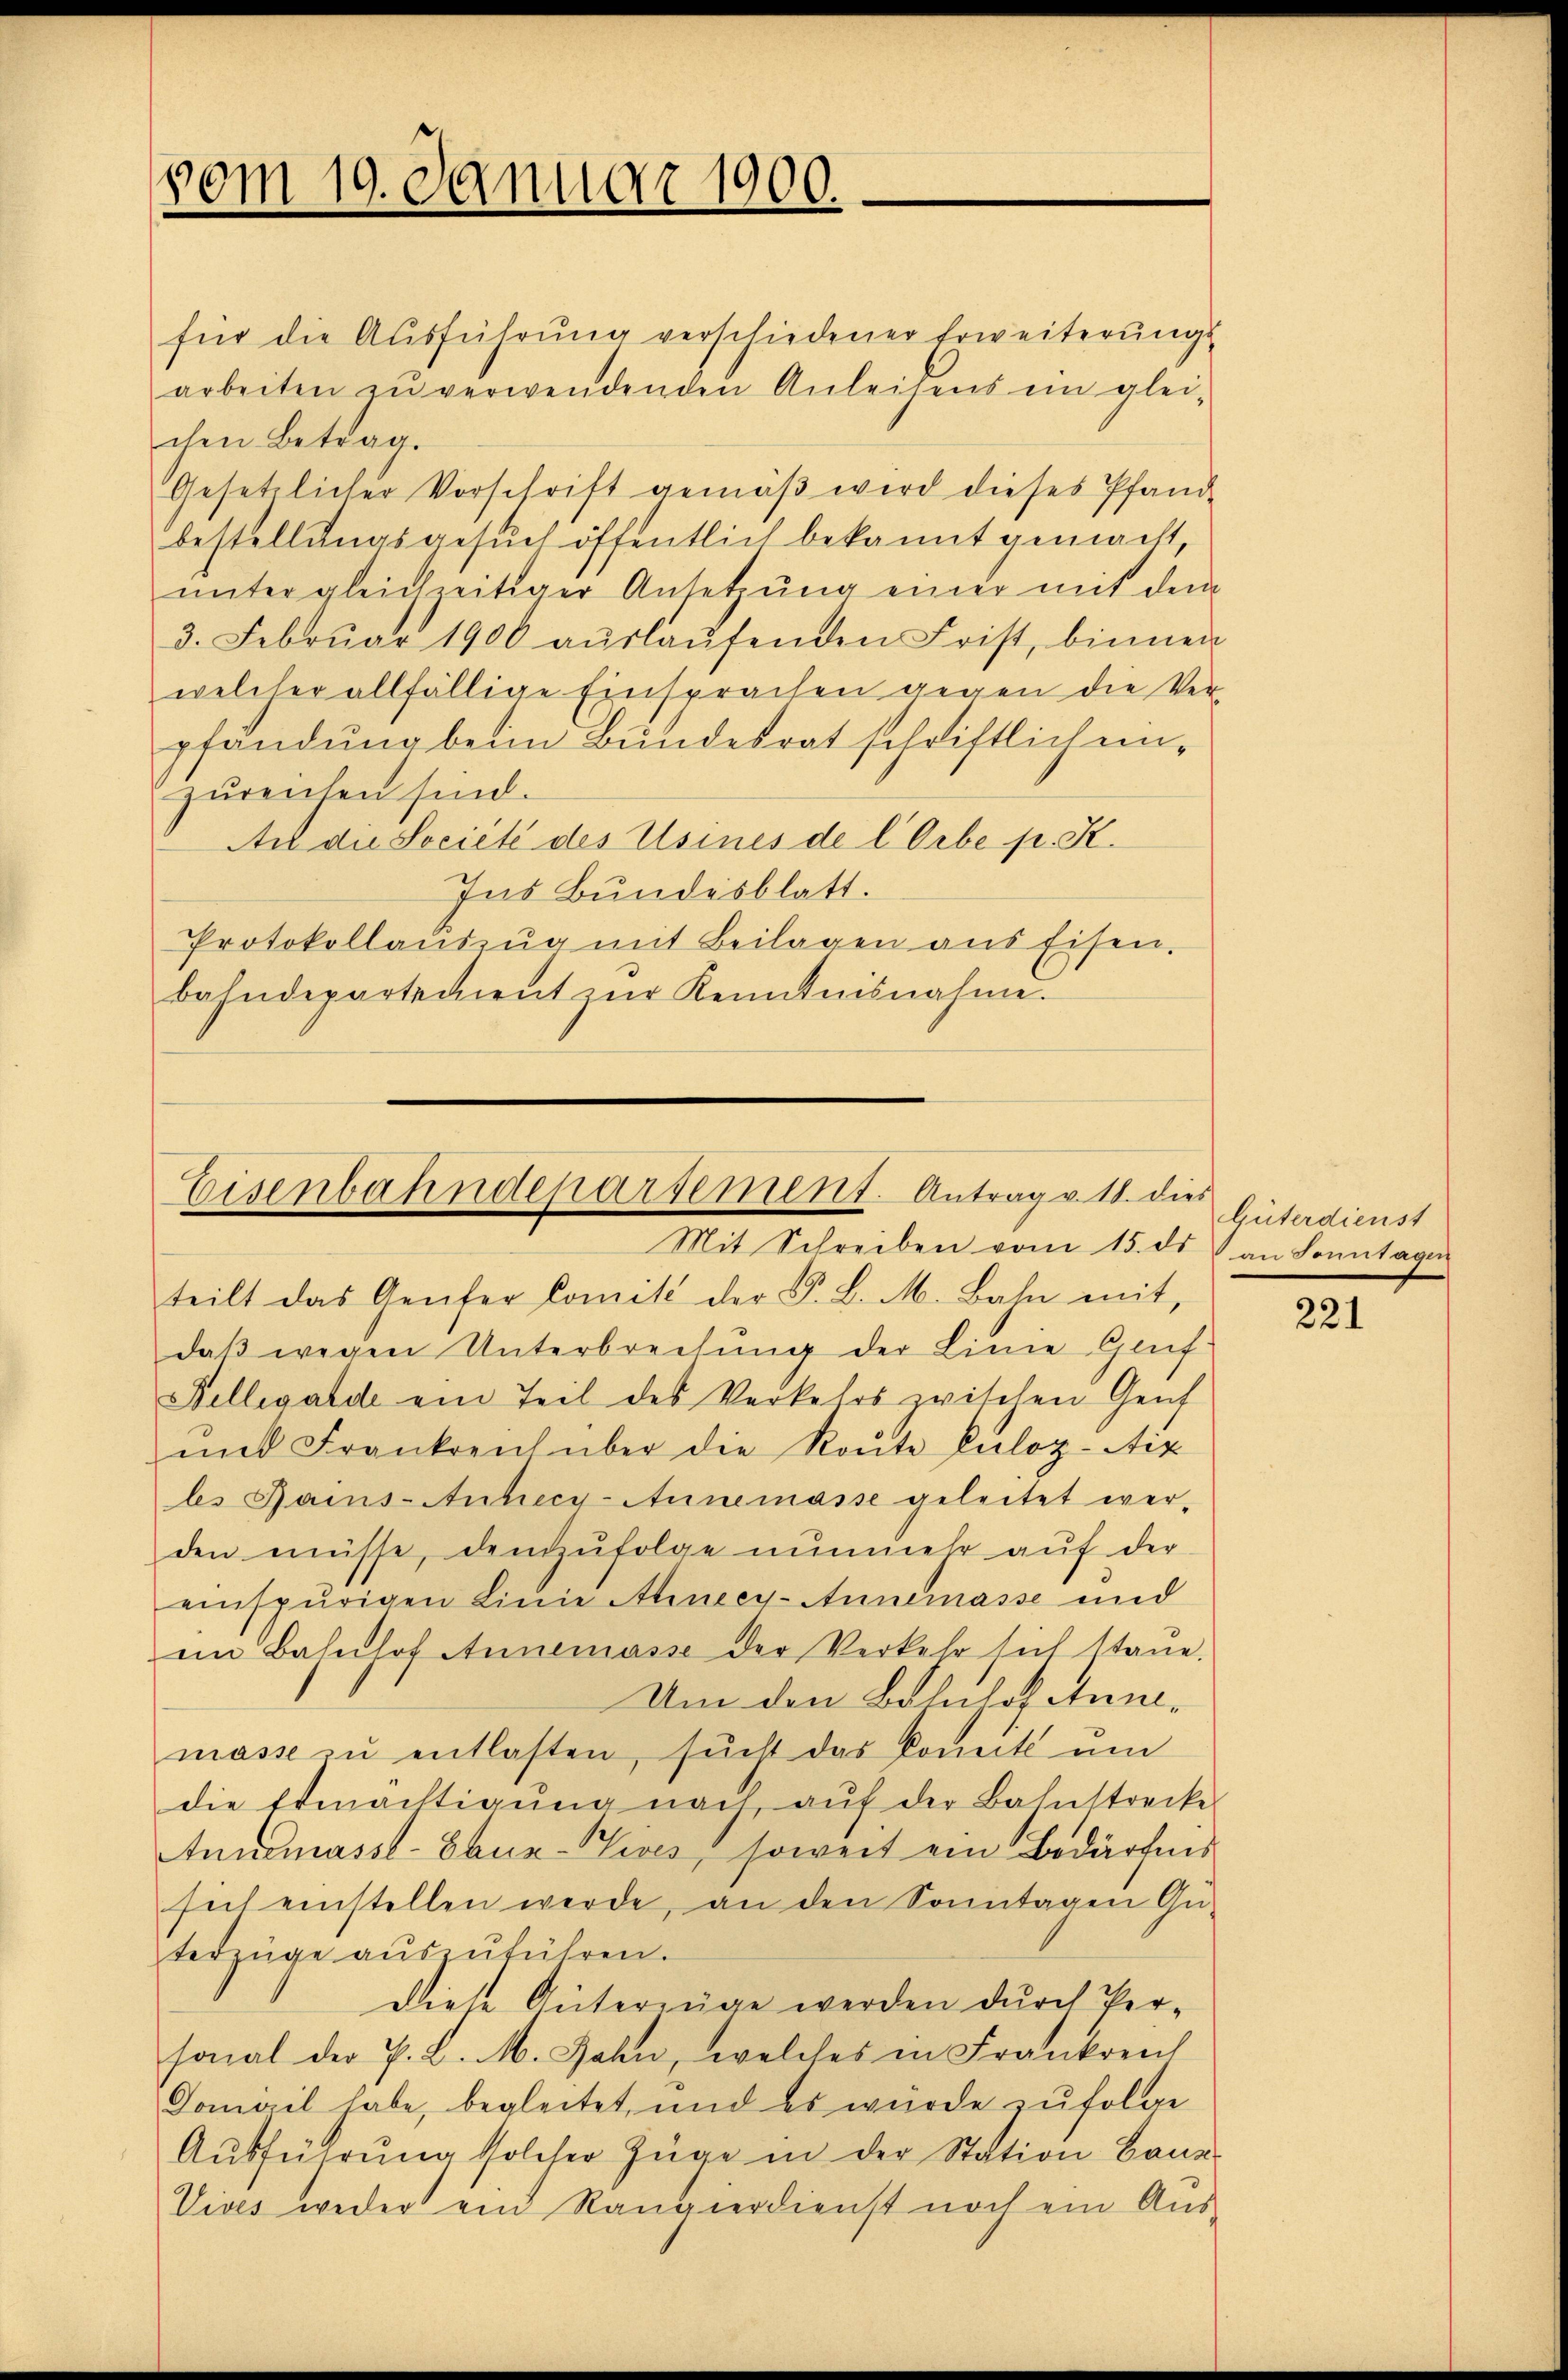
50m 19. Januar 1900.

Eisenbahndeparsement. Antrag v. 18. dies
Mit Schreiben vom 15. ds an Sonntagen

für die Ausführung verschiedener Erweiterungs-
arbeiten zŭ verwendenden Anleisens ein glei-
chen Betrag.
Gesetzlicher Vorschrift gemäβ wird dieses Pfand-
bestellungsgesuch öffentlich bekannt gemacht,
ŭnter gleichzeitiger Ansetzŭng einer mit dem
3. Februar 1906 aŭslaŭfenden Frist, binnen
welcher allfällige Einsprachen gegen die Ver-
pfändung beim Bundesrat schriftlich unzureichen sind.
An die Societe des Usines de l Orbe p. K.
Ins Bundesblatt.
Protokollaŭszŭg mit Beilagen aus Eisen.
bahndepartement zŭr Kenntnisnahme.

teilt das Genfer Comité der F. L. M. Bahn mit,
daß wegen Unterbrechung der Linie Gruf
Fellegarde ein Teil des Verkehrs zwischen Genf
mit Frankreich über die Route Culoz-Niz
ls Pams-Anhecy- Annemasse geleitet werden müsse, demzufolge nunmehr auf der
einspurigen Linie Alineey- Annemasse und
ein Bahnhof Annemasse der Verkehr sich stane.
Um den Bahnhof stunmasse zu entlasten, such das Comit um
die Ermächtigŭng nach aŭf der Bahnstrecke
Annemassl-Ebur-Zives, soweit ein Bedürfnis
sich einstellen werde, an den Sonntagen Ge-
tedzüge aŭszŭführen.
Diese Güterzüge werden durch Ver-
sonal der P. L. M. Jahn, welches in Frankreich
Domail habe, begleitet, und es wurde zufolge
Ausführung solcher Züge in der Station Baue
Vives weder ein Rangierdienst noch ein Aus-

Güterdienst

221